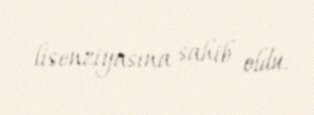
lisenziyasına sahib oldu.